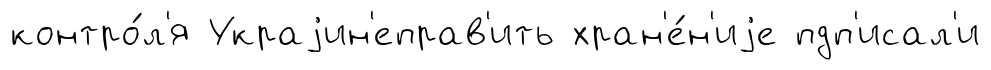
контро́л'я Украjин'еправ'ить хран'е́н'иjе пдп'исал'и